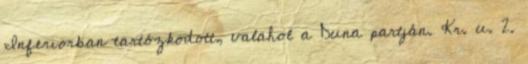
Inferiorban tartózkodott, valahol a Duna partján. Kr. u. 2.